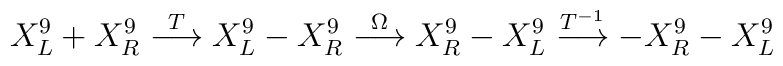
X^9 _L + X^9 _R \stackrel{ T}{\longrightarrow} X^9_L -X^9_R\stackrel{\Omega}{\longrightarrow} X^9 _R - X^9 _L\stackrel{T^{-1}}{\longrightarrow} -X^9 _R - X^9 _L